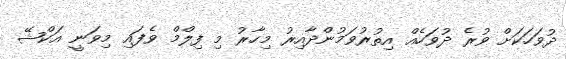
ދުވަހަކަށް ވުރެ ދުވަހެއް އިތުރުވަމުންދާއިރު މިހާރު މި ފިލްމް ވެފައި މިވަނީ އަކްޝޭ